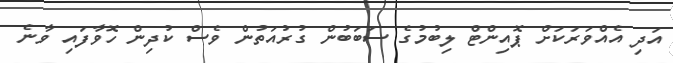
އަދި އެއްވަރަކަށް ޕޮއިންޓް ލިބުމުގެ ސަބަބުން ގުރުއަތުން ވެސް ކުދިން ހޮވާފައި ވާނެ